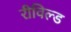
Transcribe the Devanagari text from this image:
रीविल्ड